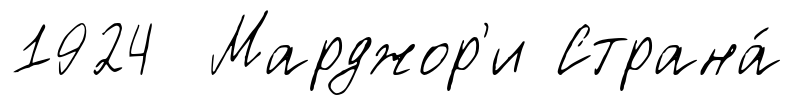
1924 Марджор'и Страна́